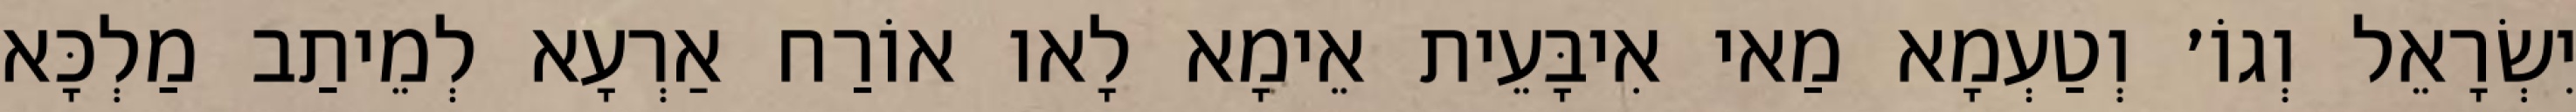
יִשְׂרָאֵל וְגוֹ׳ וְטַעְמָא מַאי אִיבָּעֵית אֵימָא לָאו אוֹרַח אַרְעָא לְמֵיתַב מַלְכָּא